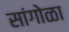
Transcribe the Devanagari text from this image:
सांगोळा